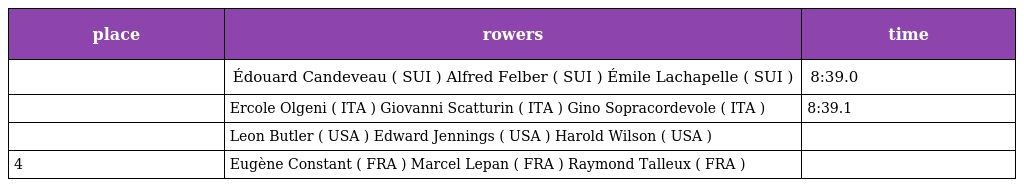
| place | rowers | time |
 | --- | --- | --- |
 |  | Édouard Candeveau ( SUI ) Alfred Felber ( SUI ) Émile Lachapelle ( SUI ) | 8:39.0 |
 |  | Ercole Olgeni ( ITA ) Giovanni Scatturin ( ITA ) Gino Sopracordevole ( ITA ) | 8:39.1 |
 |  | Leon Butler ( USA ) Edward Jennings ( USA ) Harold Wilson ( USA ) |  |
 | 4 | Eugène Constant ( FRA ) Marcel Lepan ( FRA ) Raymond Talleux ( FRA ) |  |